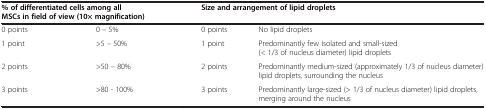
| <COLSPAN=2> % of differentiated cells among all MSCs in field of view (10× magnification) | <COLSPAN=2> Size and arrangement of lipid droplets |
 | --- | --- | --- | --- |
 | 0 points | 0 – 5% | 0 points | No lipid droplets |
 | 1 point | >5 – 50% | 1 point | Predominantly few isolated and small-sized (< 1/3 of nucleus diameter) lipid droplets |
 | 2 points | >50 – 80% | 2 points | Predominantly medium-sized (approximately 1/3 of nucleus diameter) lipid droplets, surrounding the nucleus |
 | 3 points | >80 - 100% | 3 points | Predominantly large-sized (> 1/3 of nucleus diameter) lipid droplets, merging around the nucleus |